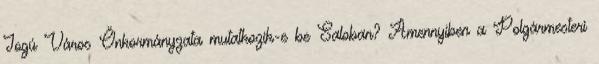
Jogú Város Önkormányzata mutatkozik-e be Saloban? Amennyiben a Polgármesteri